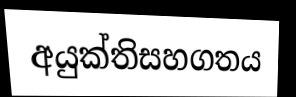
අයුක්තිසහගතය